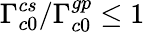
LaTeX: \Gamma_{c0}^{cs}/\Gamma_{c0}^{gp}\le 1